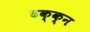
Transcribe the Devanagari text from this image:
ढक्क्न